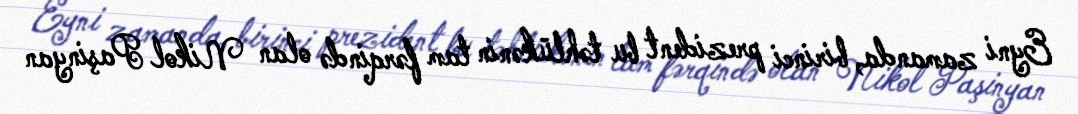
Eyni zamanda, birinci prezident bu təhlükənin tam fərqində olan Nikol Paşinyan